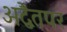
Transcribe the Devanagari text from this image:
अद्वैतपर